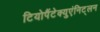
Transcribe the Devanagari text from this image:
टियोपैंटेक्युएंनिट्लन